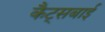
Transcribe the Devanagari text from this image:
कैट्सबाई